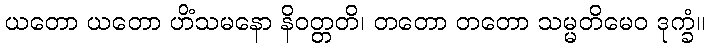
ယတော ယတော ဟိံသမနော နိဝတ္တတိ၊ တတော တတော သမ္မတိမေဝ ဒုက္ခံ။